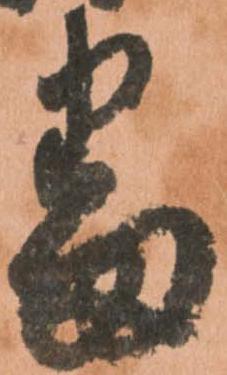
番